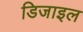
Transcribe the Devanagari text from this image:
डिजाइल